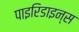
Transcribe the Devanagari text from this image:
पाइरिडाइन्स